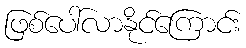
ဖြစ်ပေါ်လာနိုင်ကြောင်း